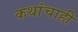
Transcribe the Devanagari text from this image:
कथांचाही